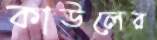
কাউলের